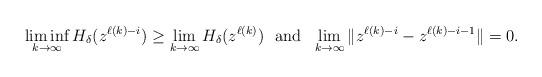
LaTeX: \begin{align*} \liminf_{k\to\infty}H_{\delta}(z^{\ell(k)-i})\ge\lim_{k\to\infty}H_{\delta}(z^{\ell(k)}) \ \ {\rm and}\ \ \lim_{k\rightarrow\infty}\|z^{\ell(k)-i}-z^{\ell(k)-i-1}\|=0. \end{align*}